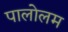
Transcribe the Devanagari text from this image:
पालोलम